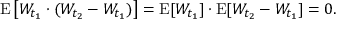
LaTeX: \operatorname { E } \left[ W _ { t _ { 1 } } \cdot ( W _ { t _ { 2 } } - W _ { t _ { 1 } } ) \right] = \operatorname { E } [ W _ { t _ { 1 } } ] \cdot \operatorname { E } [ W _ { t _ { 2 } } - W _ { t _ { 1 } } ] = 0 .